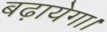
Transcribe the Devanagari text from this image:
बढ़ायेगा।